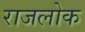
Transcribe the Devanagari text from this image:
राजलोक